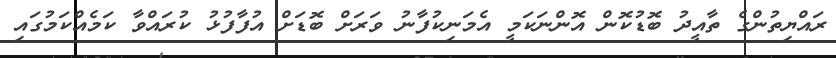
ރައްޔިތުންގެ ތާއީދު ބޮޑުކޮން އޮންނަކަމީ އެމަނިކުފާނު ވަރަށް ބޮޑަށް އުފާފުޅު ކުރައްވާ ކަމެއްކަމުގައި